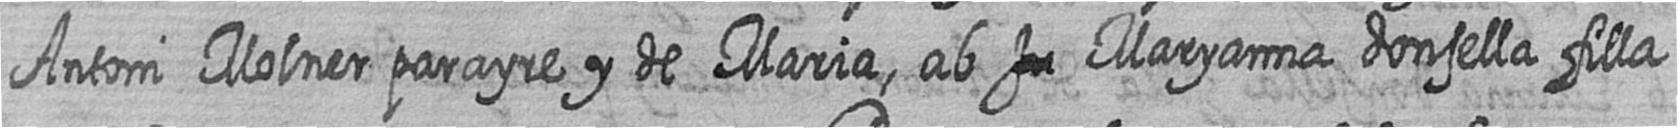
Antoni Molner parayre y de Maria ab # Maryanna donsella filla